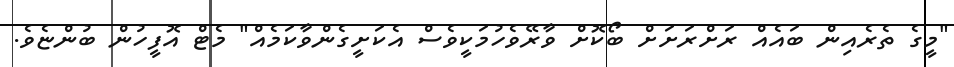
"މީގެ ތެރެއިން ބައެއް ރަށްރަށަށް ބޯކޮށް ވާރޭވެހުމަކީވެސް އެކަށީގެންވާކަމެއް" މެޓް އޮފީހުން ބުންޏެވެ.